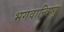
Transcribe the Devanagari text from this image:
भगवान्विष्णु